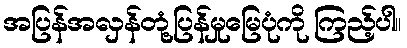
အပြန်အလှန်တုံ့ပြန်မှုမြေပုံကို ကြည့်ပါ။